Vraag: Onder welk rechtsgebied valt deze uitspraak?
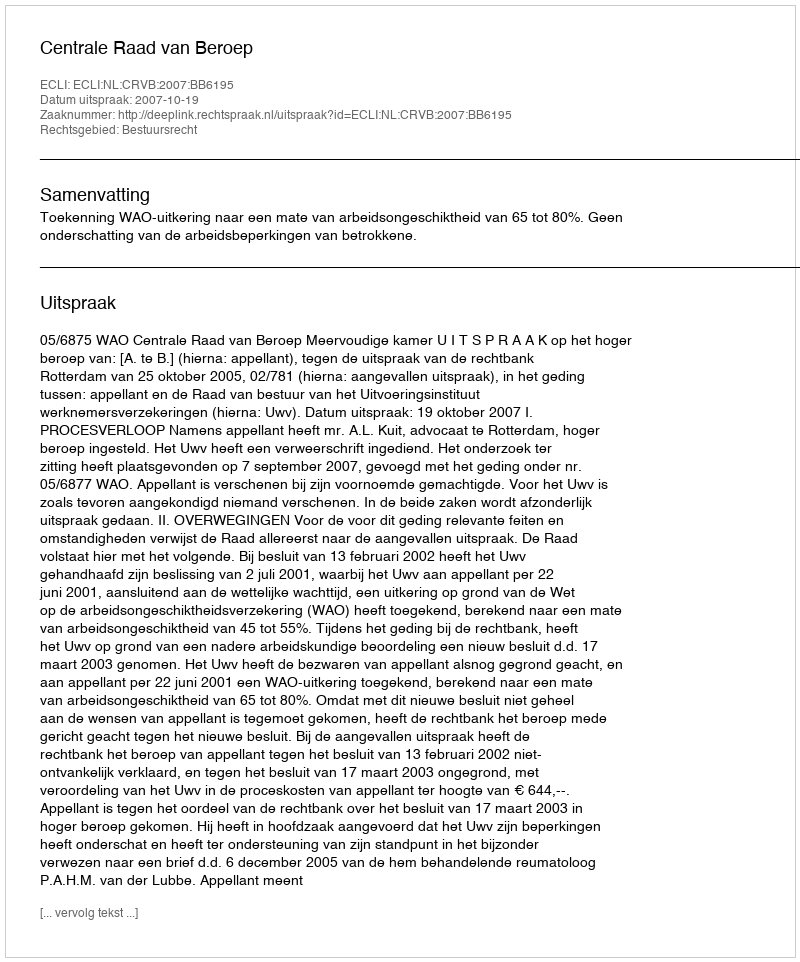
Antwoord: Bestuursrecht